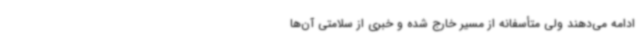
ادامه می‌دهند ولی متأسفانه از مسیر خارج شده و خبری از سلامتی آن‌ها